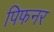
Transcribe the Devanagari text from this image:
पिफनर